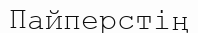
Пайперстің